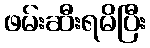
ဖမ်းဆီးရမိပြီး